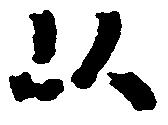
以